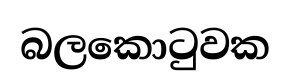
බලකොටුවක